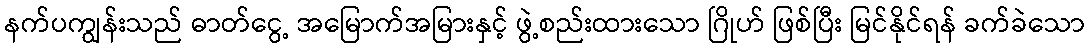
နက်ပကျွန်းသည် ဓာတ်ငွေ့ အမြောက်အမြားနှင့် ဖွဲ့စည်းထားသော ဂြိုဟ် ဖြစ်ပြီး မြင်နိုင်ရန် ခက်ခဲသော